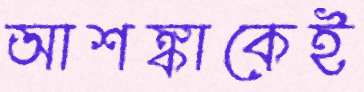
আশঙ্কাকেই